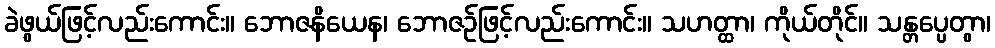
ခဲဖွယ်ဖြင့်လည်းကောင်း။ ဘောဇနိယေန၊ ဘောဇဉ်ဖြင့်လည်းကောင်း။ သဟတ္ထာ၊ ကိုယ်တိုင်။ သန္တပ္ပေတွာ၊